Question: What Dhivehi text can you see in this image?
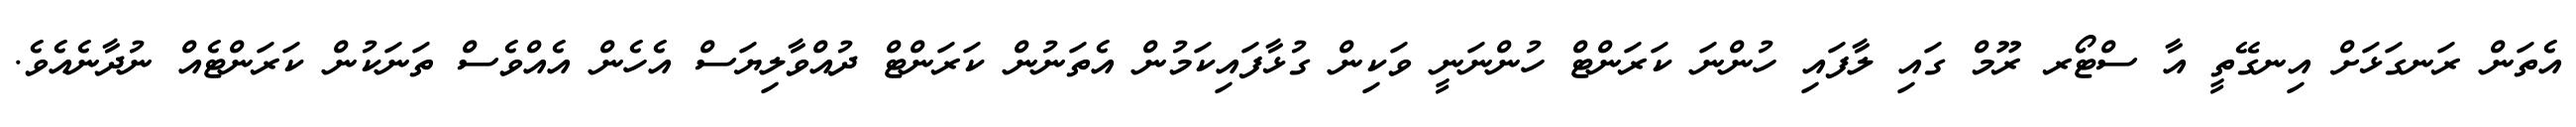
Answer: އެތަން ރަނގަޅަށް އިނގޭތީ އާ ސްޓޯރ ރޫމް ގައި ލާފައި ހުންނަ ކަރަންޓް ހުންނަނީ ވަކިން ގުޅާފައިކަމުން އެތަނުން ކަރަންޓް ދުއްވާލިޔަސް އެހެން އެއްވެސް ތަނަކުން ކަރަންޓެއް ނުދާނެއެވެ.